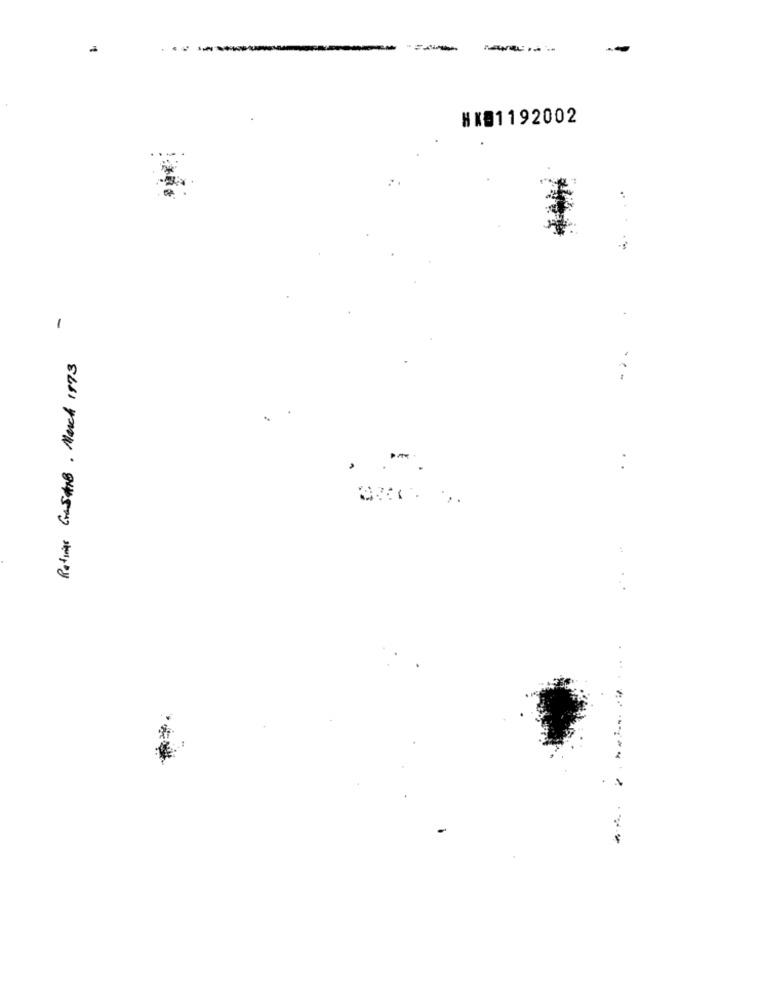
-----
HK91192002
-
Ratings Gras#8. March 1873
...
-